Plague in India, 1896, 1897 - Volume 2
Year: 1896
Disease focus: Plague
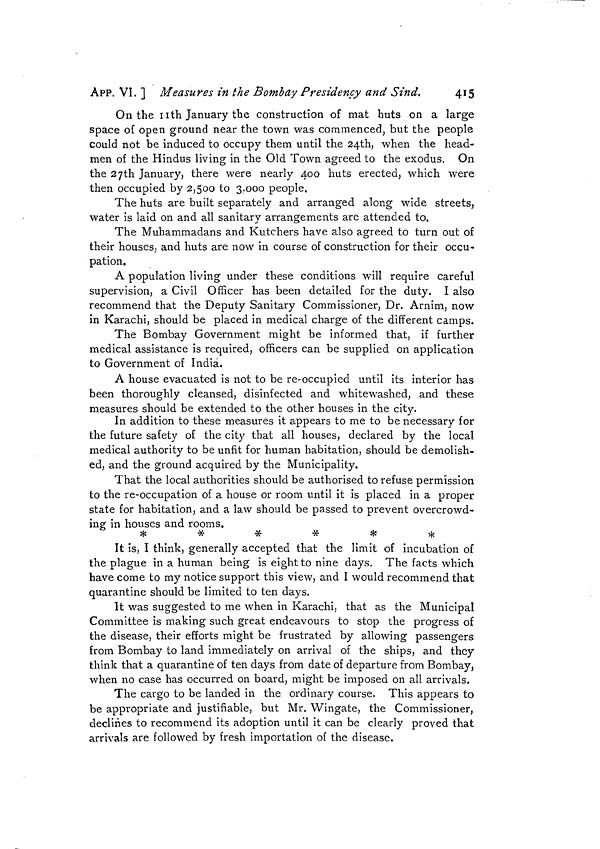
415
APP. VI. ] Measures in the Bombay Presidency and Sind.
On the nth January the construction of mat huts on a large
space of open ground near the town was commenced, but the people
could not be induced to occupy them until the 24th, when the head-
men of the Hindus living in the Old Town agreed to the exodus. On
the 27th January, there were nearly 400 huts erected, which were
then occupied by 2,500 to 3,000 people.
The huts are built separately and arranged along wide streets,
water is laid on and all sanitary arrangements are attended to,
The Muhammadans and Kutchers have also agreed to turn out of
their houses, and huts are now in course of construction for their occu-
pation.
A population living under these conditions will require careful
supervision, a Civil Officer has been detailed for the duty. I also
recommend that the Deputy Sanitary Commissioner, Dr. Arnim, now
in Karachi, should be placed in medical charge of the different camps.
The Bombay Government might be informed that, if further
medical assistance is required, officers can be supplied on application
to Government of India.
A house evacuated is not to be re-occupied until its interior has
been thoroughly cleansed, disinfected and whitewashed, and these
measures should be extended to the other houses in the city.
In addition to these measures it appears to me to be necessary for
the future safety of the city that all houses, declared by the local
medical authority to be unfit for human habitation, should be demolish-
ed, and the ground acquired by the Municipality.
That the local authorities should be authorised to refuse permission
to the re-occupation of a house or room until it is placed in a proper
state for habitation, and a law should be passed to prevent overcrowd-
ing in houses and rooms.
*
*
*
*
*
*
It is, I think, generally accepted that the limit of incubation of
the plague in a human being is eight to nine days. The facts which
have come to my notice support this view, and I would recommend that
quarantine should be limited to ten days.
It was suggested to me when in Karachi, that as the Municipal
Committee is making such great endeavours to stop the progress of
the disease, their efforts might be frustrated by allowing passengers
from Bombay to land immediately on arrival of the ships, and they
think that a quarantine of ten days from date of departure from Bombay,
when no case has occurred on board, might be imposed on all arrivals.
The cargo to be landed in the ordinary course. This appears to
be appropriate and justifiable, but Mr. Wingate, the Commissioner,
declines to recommend its adoption until it can be clearly proved that
arrivals are followed by fresh importation of the disease.